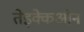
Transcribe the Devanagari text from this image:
तेइक्केओन